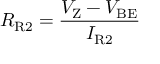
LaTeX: R _ { \mathrm { R 2 } } = { \frac { V _ { \mathrm { Z } } - V _ { \mathrm { B E } } } { I _ { \mathrm { R 2 } } } }